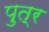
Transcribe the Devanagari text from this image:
प़ुत्र